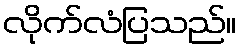
လိုက်လံပြသည်။